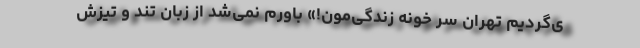
ی‌گردیم تهران سر خونه زندگی‌مون!» باورم نمی‌شد از زبان تند و تیزش